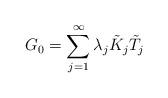
LaTeX: \begin{align*}G_0 = \sum_{j=1}^{\infty} \lambda_j \tilde{K}_j \tilde{T}_j \end{align*}